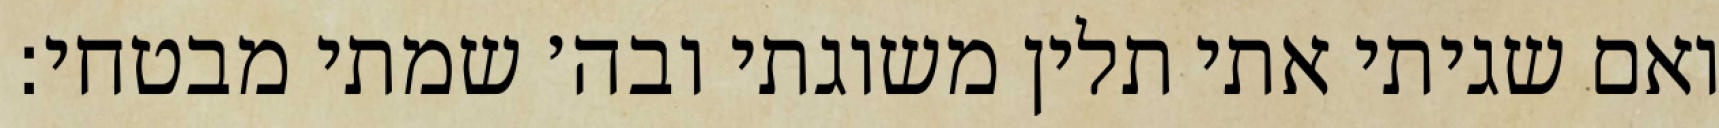
ואם שגיתי אתי תלין משוגתי ובה׳ שמתי מבטחי: